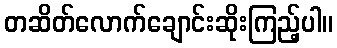
တဆိတ်လောက်ချောင်းဆိုးကြည့်ပါ။